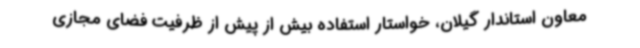
معاون استاندار گیلان، خواستار استفاده بیش از پیش از ظرفیت فضای مجازی